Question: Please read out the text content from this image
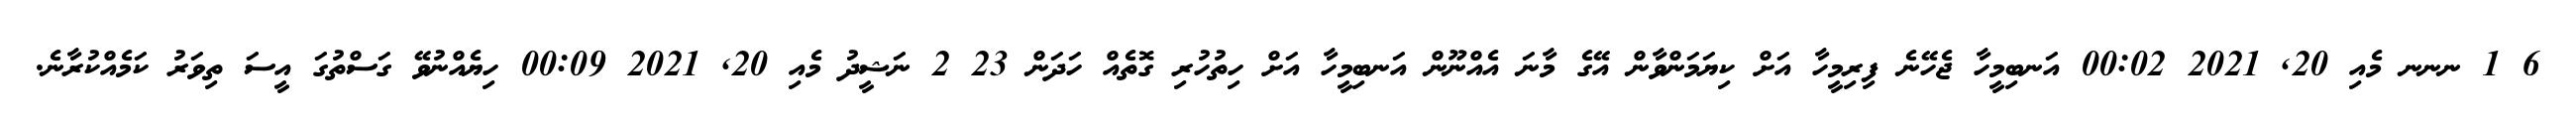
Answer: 6 1 ނނނ މެއި 20, 2021 00:02 އަނބިމީހާ ޖެހޭނެ ފިރިމީހާ އަށް ކިޔަމަންވާން އޭގެ މާނަ އެއްނޫން އަނބިމީހާ އަށް ހިތުހުރި ގޮތެއް ހަދަން 23 2 ނަޝީދު މެއި 20, 2021 00:09 ހިޔެއްނުވޭ ގަސްތުގަ އީސަ ތިވަރު ކަމެއްކުރާނެ.